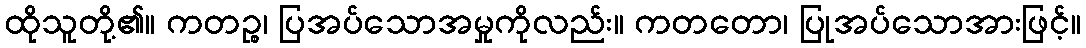
ထိုသူတို့၏။ ကတဉ္စ၊ ပြအပ်သောအမှုကိုလည်း။ ကတတော၊ ပြုအပ်သောအားဖြင့်။